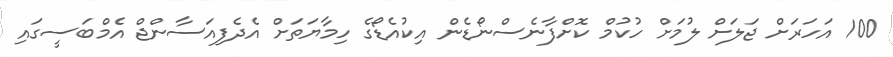
100 އަހަރަށް ޖަލަށް ލުމަށް ހުކުމް ކޮށްފާނެސްނޯޑެން އިކުއެޑޯގެ ހިމާޔަތަށް އެދެފިއަސާންޖް އެމްބަސީގައި